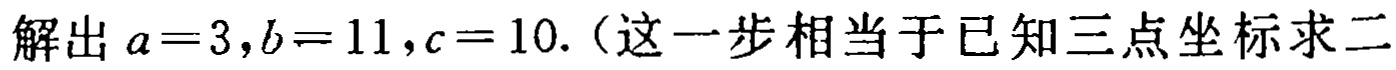
解出 \(a = 3,b = 11,c = 10.\)（这一步相当于已知三点坐标求二